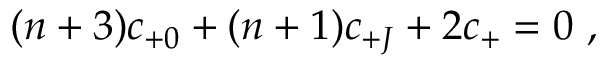
( n + 3 ) c _ { + 0 } + ( n + 1 ) c _ { + J } + 2 c _ { + } = 0 \ ,